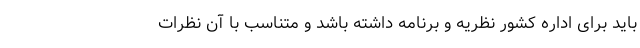
باید برای اداره کشور نظریه و برنامه داشته باشد و متناسب با آن نظرات